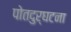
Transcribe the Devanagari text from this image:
पोतदुर्घटना